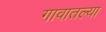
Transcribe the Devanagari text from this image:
गावातल्‍या